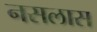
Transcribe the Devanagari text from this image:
नसलास